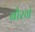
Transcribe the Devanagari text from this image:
बौरगे